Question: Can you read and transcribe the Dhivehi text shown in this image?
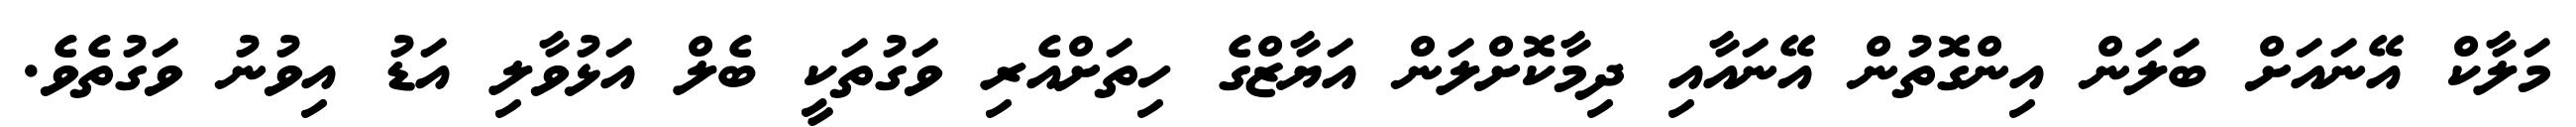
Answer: މަލާކް އޭނައަށް ބަލަން އިންގޮތުން އޭނައާއި ދިމާކޮށްލަން އަޔާޒްގެ ހިތަށްއެރި ވަގުތަކީ ބެލް އަޅުވާލި އަޑު އިވުނު ވަގުތެވެ.